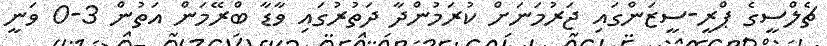
ޗެލްސީގެ ޕްރީ-ސީޒަންގައި ޖަރުމަނަށް ކުރަމުންދާ ދަތުރުގައި ވާޑާ ބްރޭމަން އަތުން 3-0 ވަނީ